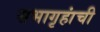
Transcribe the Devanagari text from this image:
सभागृहांची